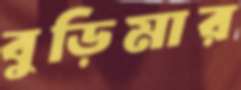
বুড়িমার